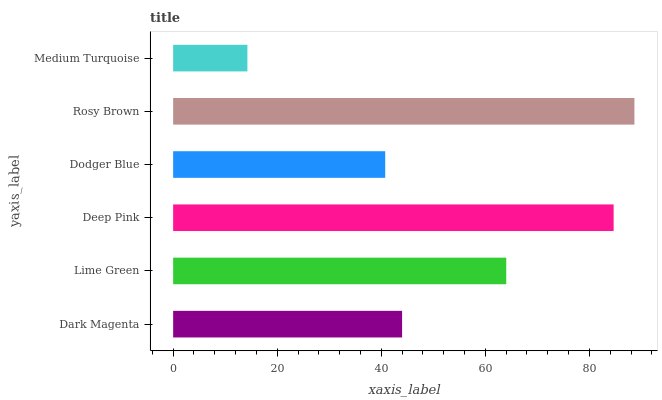
| yaxis_label | bars |
 | --- | --- |
 | Dark Magenta | 44 |
 | Lime Green | 64 |
 | Deep Pink | 84.7 |
 | Dodger Blue | 40.8 |
 | Rosy Brown | 88.7 |
 | Medium Turquoise | 14.3 |